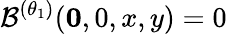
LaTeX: \mathcal{B}^{(\theta_{1})}(\mathbf{0},0,x,y)=0